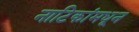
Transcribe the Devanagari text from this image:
नाटिकांमधून